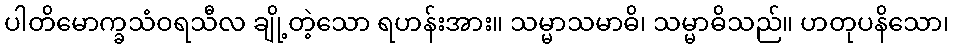
ပါတိမောက္ခသံဝရသီလ ချို့တဲ့သော ရဟန်းအား။ သမ္မာသမာဓိ၊ သမ္မာဓိသည်။ ဟတုပနိသော၊